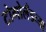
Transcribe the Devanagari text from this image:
टोगोलँडच्या